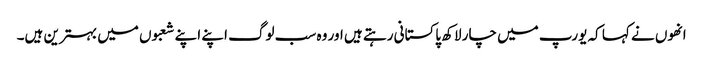
انھوں نے کہا کہ یورپ میں چار لاکھ پاکستانی رہتے ہیں اور وہ سب لوگ اپنے اپنے شعبوں میں بہترین ہیں۔